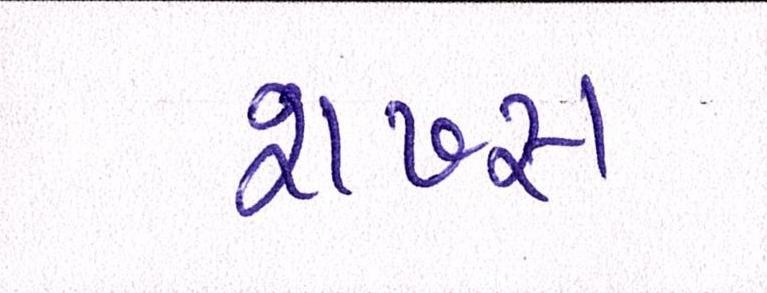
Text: શખ્સ